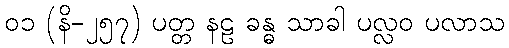
၀၁ (နိ-၂၅၇) ပတ္တ နဠ ခန္ဓ သာခါ ပလ္လဝ ပလာသ